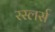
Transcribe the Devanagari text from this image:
रस्लर्स